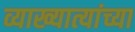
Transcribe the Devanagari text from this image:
व्याख्यात्यांच्या